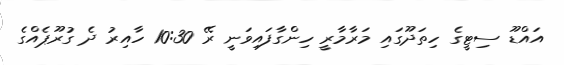
އައްޑޫ ސިޓީގެ ހިތަދޫގައި މަރާމާރީ ހިންގާފައިވަނީ ރޭ 10:30 ހާއިރު ދެ ގުރޫޕެއްގެ